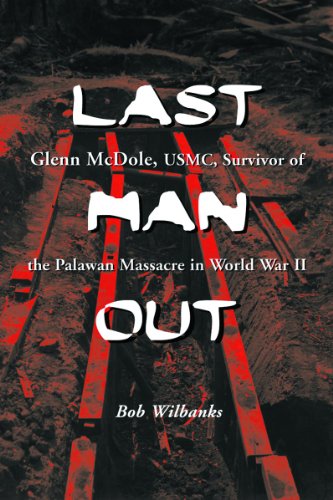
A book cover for Last Man Out: Glenn McDole, USMC, Survivor of the Palawan Massacre in World War II; Bob Wilbanks; Biographies & Memoirs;